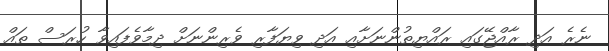
ނެރެ އަދި ރާއްޖޭގައި ރައްޔިތުންނަށާއި އަދި ވިޔަފާރި ވެރިންނަށް ދިމާވެފައިވާ ހުރަސް ތައް